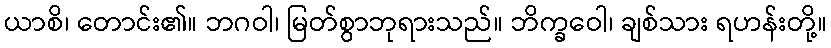
ယာစိ၊ တောင်း၏။ ဘဂဝါ၊ မြတ်စွာဘုရားသည်။ ဘိက္ခဝေါ၊ ချစ်သား ရဟန်းတို့။